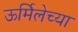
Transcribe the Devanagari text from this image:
ऊर्मिलेच्या